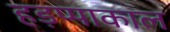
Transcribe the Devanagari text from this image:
हड़प्पाकाल